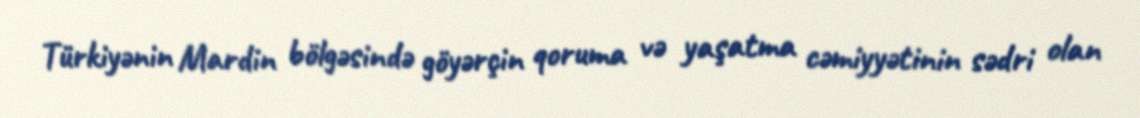
Türkiyənin Mardin bölgəsində göyərçin qoruma və yaşatma cəmiyyətinin sədri olan